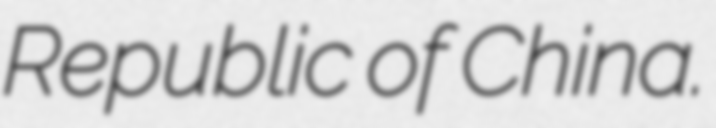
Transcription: Republic of China.